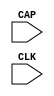
// This program was cloned from: https://github.com/jhshi/openofdm
// License: Apache License 2.0

///////////////////////////////////////////////////////////////////////////////
// Copyright (c) 1995/2004 Xilinx, Inc.
// All Right Reserved.
///////////////////////////////////////////////////////////////////////////////
//   ____  ____
//  /   /\/   /
// /___/  \  /    Vendor : Xilinx
// \   \   \/     Version : 10.1
//  \   \         Description : Xilinx Functional Simulation Library Component
//  /   /                  Register State Capture for Bitstream Readback for VIRTEX5
// /___/   /\     Filename : CAPTURE_VIRTEX5.v
// \   \  /  \    Timestamp : Thu Jul 21 13:42:30 PDT 2005
//  \___\/\___\
//
// Revision:
//    07/21/05 - Initial version.
// End Revision

`timescale 1 ps / 1 ps 

module CAPTURE_VIRTEX5 (
	CAP,
	CLK
);

input CAP;
input CLK;

parameter ONESHOT = "TRUE";

specify
	specparam PATHPULSE$ = 0;
endspecify

endmodule